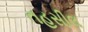
તહસીલ